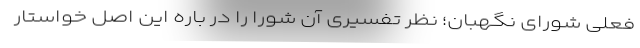
فعلی شورای نگهبان؛ نظر تفسیری آن شورا را در باره این اصل خواستار